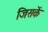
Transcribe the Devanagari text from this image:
जिसकें